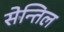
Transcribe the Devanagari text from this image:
सेन्तिल